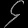
Digit: ၄